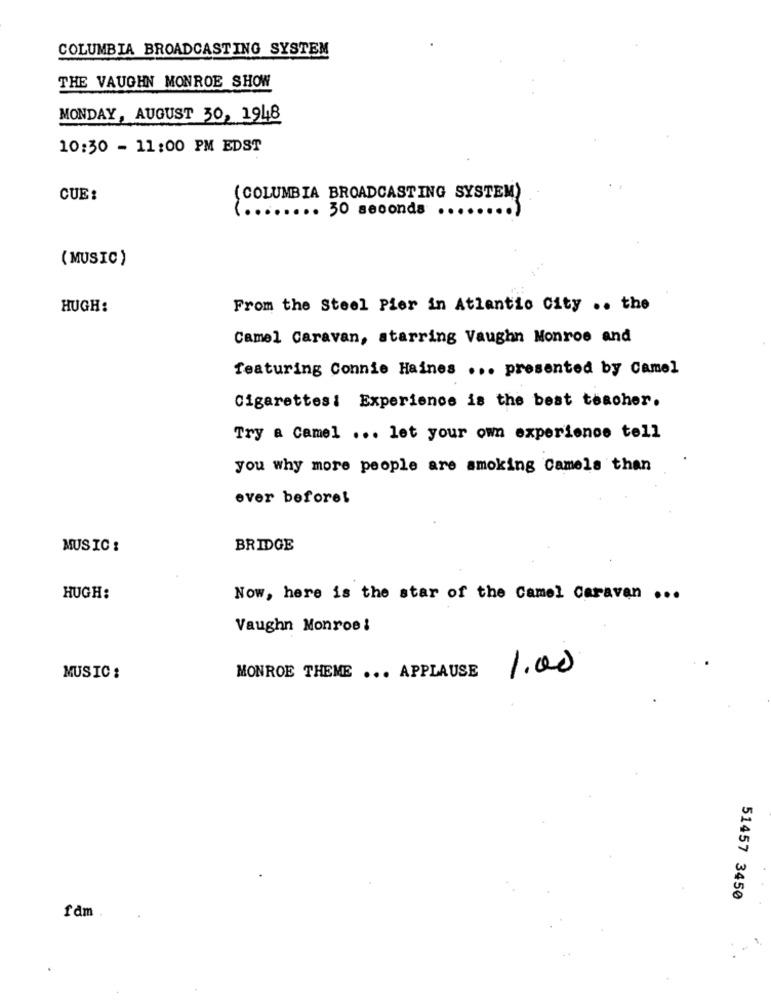
COLUMBIA BROADCASTING SYSTEM
THE VAUGHN MONROE SHOW
MONDAY, AUGUST 30, 1948
10:30 - 11:00 PM EDST
CUE:
(COLUMBIA BROADCASTING SYSTEM)
.... 50 seconda ....
( MUSIC )
HUGH:
From the Steel Pier in Atlantic City .. the
Camel Caravan, starring Vaughn Monroe and
featuring Connie Haines ... presented by Camel
Cigarettes: Experience is the best teacher.
Try a Camel ... let your own experience tell
you why more people are smoking Camels than
ever before!
MUSIC :
BRIDGE
HUGH:
Now, here is the star of the Camel Caravan ...
Vaughn Monroe :
1.00
MUSIC :
MONROE THEME ... APPLAUSE
51457 3450
fdm